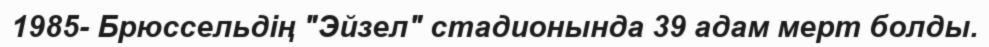
1985- Брюссельдің "Эйзел" стадионында 39 адам мерт болды.